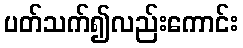
ပတ်သက်၍လည်းကောင်း